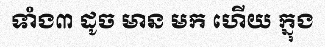
ទាំង៣ ដូច មាន មក ហើយ ក្នុង